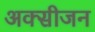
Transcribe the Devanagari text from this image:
अक्‍सीजन